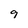
Character: 9